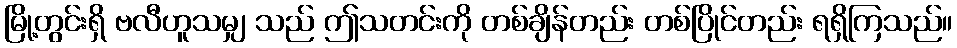
မြို့တွင်းရှိ ဗလီဟူသမျှ သည် ဤသတင်းကို တစ်ချိန်တည်း တစ်ပြိုင်တည်း ရရှိကြသည်။